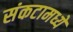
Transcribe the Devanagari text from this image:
संकटामध्ये